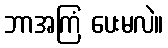
ဘာအကြံ ပေးမလဲ။